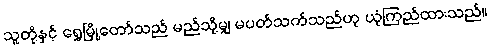
သူတို့နှင့် ရွှေမြို့တော်သည် မည်သို့မျှ မပတ်သက်သည်ဟု ယုံကြည်ထားသည်။